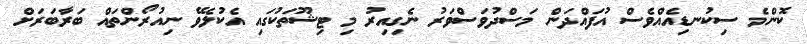
ކޮންމެ ސިކުނޑިއެއްވެސް އުފައްދަން މަސްދުވަސްވަރު ނެގިއިރު މި ޓިޝޫތަކުގައި އެކުލެވޭ ނިއުރޯންތައް ބަރާބަރަށް